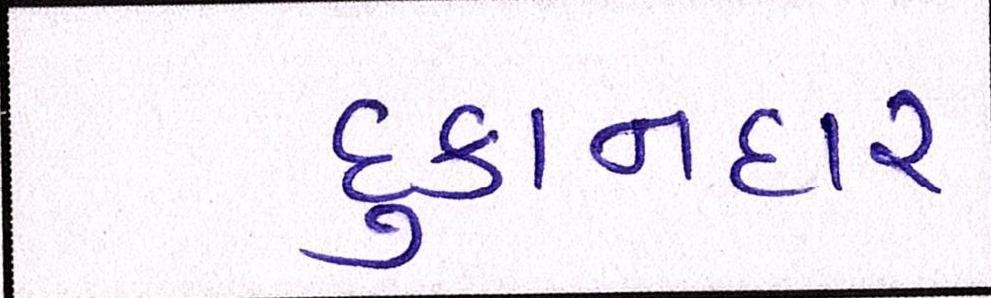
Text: દુકાનદાર